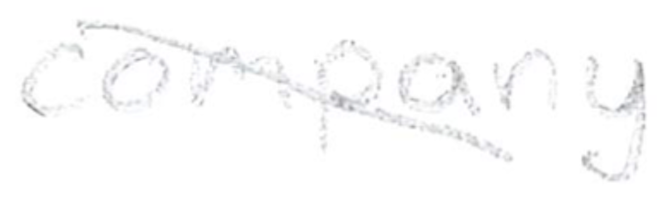
Text: company
Cross-out: mix
Writing tool: pencil